Leaving Certificate Examination (including Day School Certificate (Higher) General paper), 1938
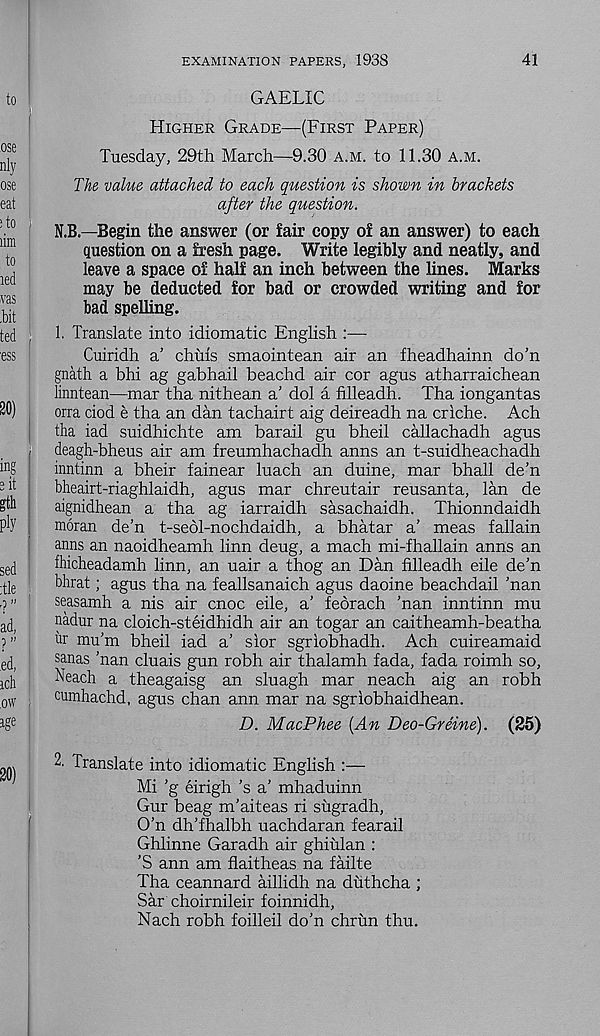
EXAMINATION PAPERS, 1938
41
GAELIC
Higher Grade—(First Paper)
Tuesday, 29th March—9.30 a.m. to 11.30 a.m.
The value attached to each question is shown in brackets
after the question.
N.B—Begin the answer (or fair copy of an answer) to each
question on a fresh page. Write legibly and neatly, and
leave a space of half an inch between the lines. Marks
may be deducted for bad or crowded writing and for
bad spelling.
1. Translate into idiomatic English :—
Cuiridh a’ chuis smaointean air an fheadhainn do’n
gnath a bhi ag gabhail beachd air cor agus atharraichean
linntean—mar tha nithean a’ dol a filleadh. Tha iongantas
orra ciod e tha an dan tachairt aig deireadh na criche. Ach
tha iad suidhichte am barail gu bheil callachadh agus
deagh-bheus air am freumhachadh anns an t-suidheachadh
inntinn a bheir fainear luach an duine, mar bhall de’n
bheairt-riaghlaidh, agus mar chreutair reusanta, lan de
aignidhean a tha ag iarraidh sasachaidh. Thionndaidh
moran de’n t-sedl-nochdaidh, a bhatar a’ meas fallain
aims an naoidheamh linn deug, a mach mi-fhallain anns an
fhicheadamh linn, an uair a thog an Dan filleadh eile de’n
bhrat; agus tha na feallsanaich agus daoine beachdail ’nan
seasamh a nis air cnoc eile, a’ feorach ’nan inntinn mu
nadur na cloich-steidhidh air an togar an caitheamh-beatha
ur mu’m bheil iad a’ slor sgriobhadh. Ach cuireamaid
sanas ’nan cluais gun robh air thalamh fada, fada roimh so,
Neach a theagaisg an sluagh mar neach aig an robh
cumhachd, agus chan ann mar na sgriobhaidhean.
D. MacPhee [An Deo-Greine). (25)
2. Translate into idiomatic English :—
Mi ’g eirigh’s a’ mhaduinn
Gur beag m’aiteas ri sugradh,
O’n dh’fhalbh uachdaran fearail
Ghlinne Garadh air ghiulan :
’S ann am flaitheas na failte
Tha ceannard aillidh na duthcha ;
Sar choirnileir foinnidh,
Nach robh foilleil do’n chrun thu.